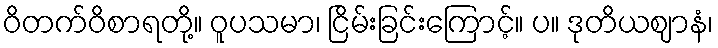
ဝိတက်ဝိစာရတို့။ ဝူပသမာ၊ ငြိမ်းခြင်းကြောင့်။ ပ။ ဒုတိယဈာနံ၊